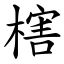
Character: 㮫